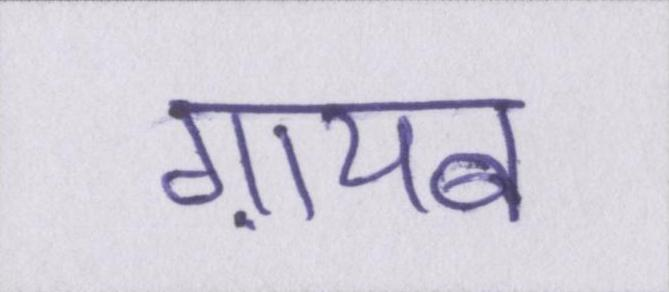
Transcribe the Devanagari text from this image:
ग़ायब